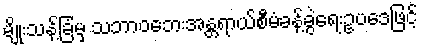
မျိုးသန့်ခြံမှ သဘာဝဘေးအန္တရာယ်စီမံခန့်ခွဲရေးဥပဒေဖြင့်